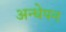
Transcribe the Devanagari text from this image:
अन्धेपन